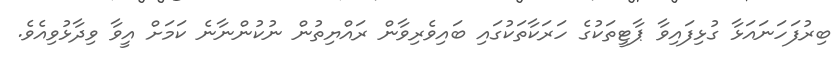
ބިރުފަހަނައަޅާ ގުޅިފައިވާ ޕާޓީތަކުގެ ހަރަކާތަކުގައި ބައިވެރިވާން ރައްޔިތުން ނުކުންނާނެ ކަމަށް އީވާ ވިދާޅުވިއެވެ.